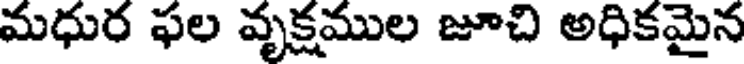
మధుర ఫల వృక్షముల జూచి అధికమైన